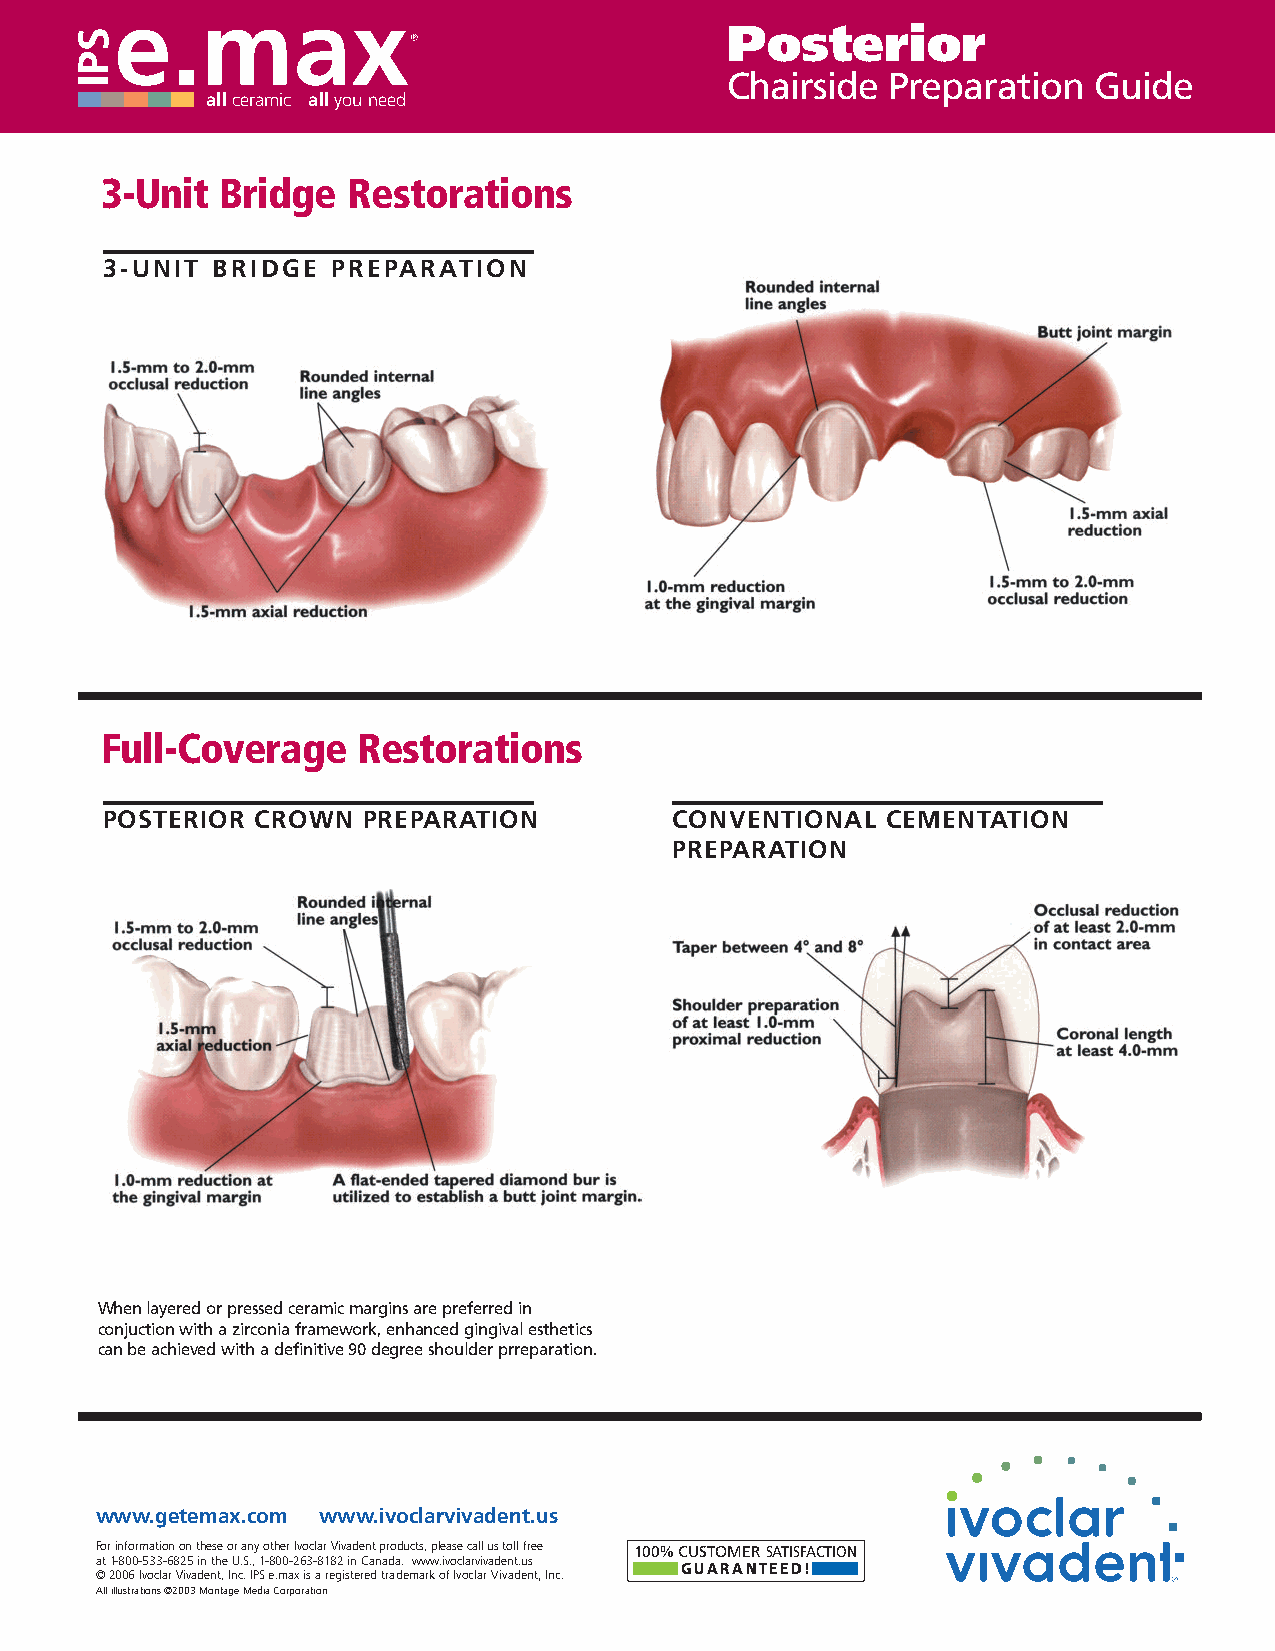
Posterior
 Chairside  Preparation  Guide
 allceramic allyou need
 3-Unit  Bridge  Restorations
 3-UNIT BRIDGE  PREPARATION
 Full-Coverage    Restorations
 POSTERIOR CROWN  PREPARATION          CONVENTIONAL  CEMENTATION
 PREPARATION
 When layered or pressed ceramic margins are preferred in
 conjuction with a zirconia framework, enhanced gingival esthetics
 can be achieved with a definitive 90 degree shoulder prreparation.
 www.getemax.com www.ivoclarvivadent.us
 For information on these or any other Ivoclar Vivadent products, please call us toll free 100%CUSTOMER SATISFACTION
 at1-800-533-6825 in the U.S., 1-800-263-8182 in Canada. www.ivoclarvivadent.us
 GUARANTEED!
 ©2006 Ivoclar Vivadent, Inc. IPS e.max is a registered trademark of Ivoclar Vivadent, Inc.
 All illustrations ©2003 Montage Media Corporation